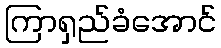
ကြာရှည်ခံအောင်